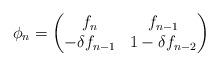
LaTeX: \begin{align*}\phi_n = \begin{pmatrix}f_n & f_{n-1} \\- \delta f_{n-1} & 1 - \delta f_{n-2}\end{pmatrix}\end{align*}